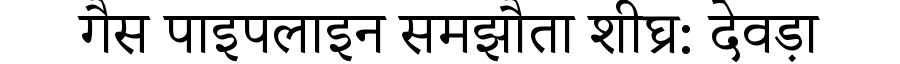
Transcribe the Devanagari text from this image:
गैस पाइपलाइन समझौता शीघ्र: देवड़ा